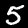
Digit: 5